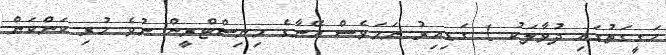
ހަގީގަތުގައި ދުވާލަކު 1 ގަޑިއިރު ނަމަވެސް އޭނާގެ މިނިސްޓްރީން ނުވެ ހުރި ކަންކަން